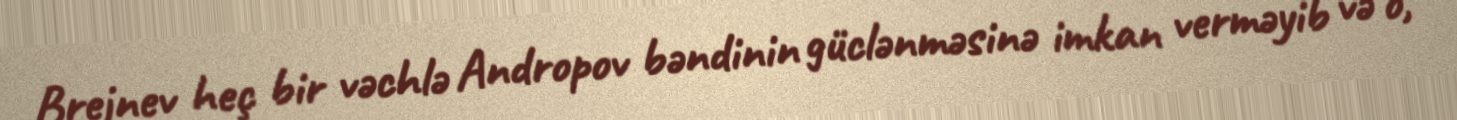
Brejnev heç bir vəchlə Andropov bəndinin güclənməsinə imkan verməyib və o,